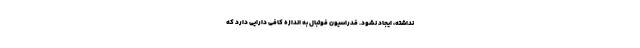
نداشته، ایجاد نشود. فدراسیون فوتبال به اندازه کافی دارایی دارد که